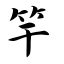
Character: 竿